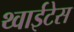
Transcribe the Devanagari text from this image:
थ्वाईटेस